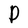
Character: P